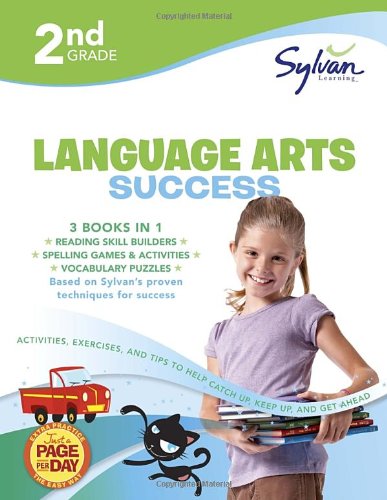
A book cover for Second Grade Language Arts Success (Sylvan Super Workbooks) (Language Arts Super Workbooks); Sylvan Learning; Reference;